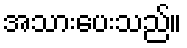
အသားပေးသည်။